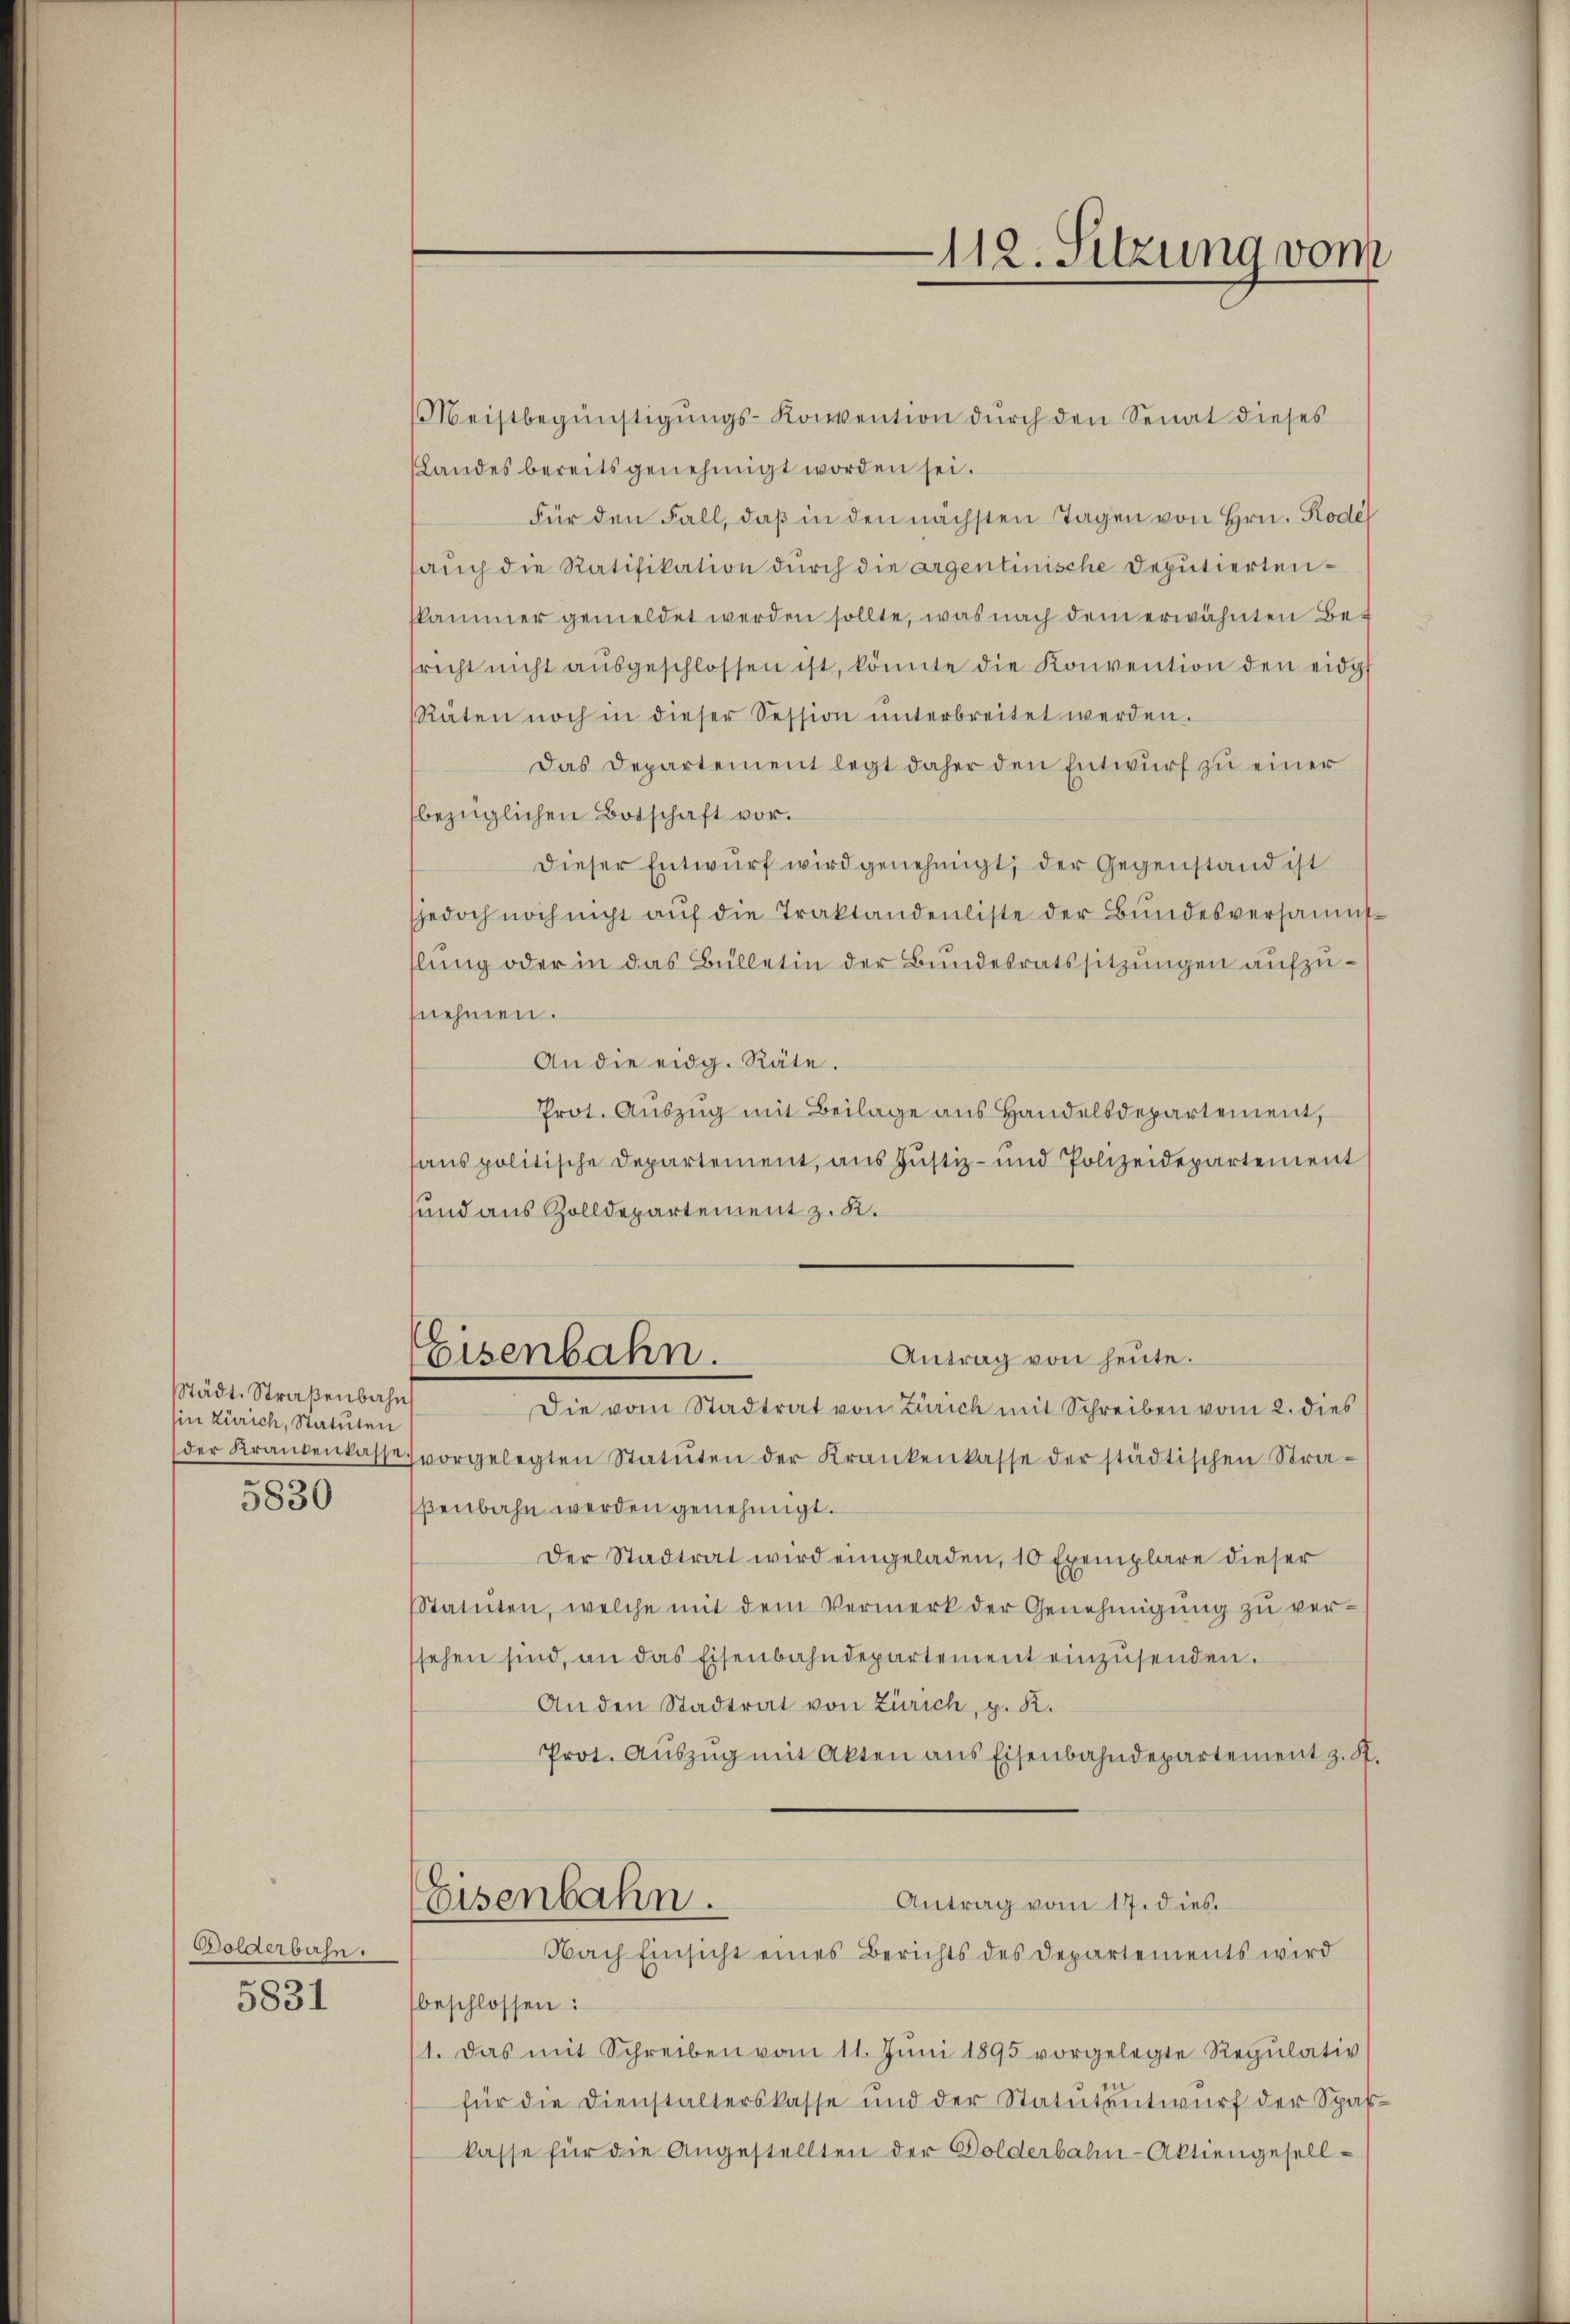
Städt. Straßenbahn
in Zürich, Statuten
5830

Golderbahn.

5831

Meistbegünstigungs-Konvention durch den Senat dieses
Landes bereits genehmigt worden sei.
Für den Fall, daß in den nächsten Tagen von Hrn. Rodel
auch die Ratifikation durch die argentinische Deputiertenkammer gemeldet werden sollte, was nach dem erwähnten Bet
richt nicht aŭsgeschlossen ist, könnte die Konvention den eidg
Räten noch in dieser Session ŭnterbreitet werden.
Das Departement legt daher den Entwurf zu einer
bezüglichen Botschaft vor.
dieser Entwŭrf wird genehmigt, der Gegenstand ist
jedoch noch nicht auf die Traktandenliste der Bundesversammhlung oder in das Bülletin der Bundesratssitzungen aufzunehmen.
An die eidg. Räte.
Prot. Auszug mit Beilage aus Handelsdepartement,
sans politische Departement, aus Justiz- und Polizeidepartement
sund aus Zolldepartement z. K.
Antrag von heute.
Eisenbahn.
Die vom Stadtrat von Zürich mit Schreiben vom 2. dies
der Krankenkasse vorgelegten Statŭten der Krankenkasse der städtischen Stra-
ßenbahn werden genehmigt.
Der Stadtrat wird eingeladen, 10 Exemplare dieser
Statuten, welche mit dem Vermerk der Genehmigung zu versehen sind, an das Eisenbahndepartement einzŭsenden.
An den Stadtrat von Zürich, p. K.
Prot. Aŭszŭg mit Akten ans Eisenbahndepartement z. S.
Eisenbahn.
Antrag vom 17. dies
Nach Einsicht eines Berichts des Departements wird
beschlossen:
11. Das mit Schreiben vom 11. Jŭni 1895 vorgelegte Regŭlativ
für die Dienstalterskasse und der Statutentwŭrf der Spas-
kasse für die Angestellten der Dolderbahn-Aktiengesell-

112. Sitzung vom